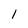
Character: l